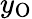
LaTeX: y_{\mathrm{O}}